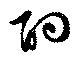
酌